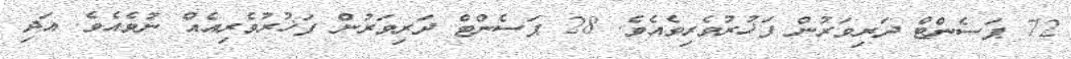
72 ޕަސެންޓް ދަރިވަރުން ފަޚުރުވެރިވެއެވެ. 28 ޕަސެންޓް ދަރިވަރުން ފަޚުރުވެރިއެއް ނުވެއެވެ. އަދި